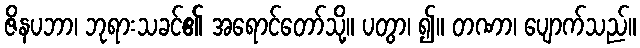
ဇိနပဘာ၊ ဘုရားသခင်၏ အရောင်တော်သို့။ ပတွာ၊ ၍။ တဏာ၊ ပျောက်သည်။